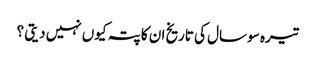
تیرہ سو سال کی تاریخ ان کا پتہ کیوں نہیں دیتی ؟